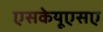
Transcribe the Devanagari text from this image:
एसकेयूएसए